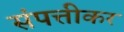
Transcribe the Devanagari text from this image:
संपत्तीकर